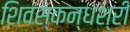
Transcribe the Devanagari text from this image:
शिवस्कन्धश्री